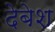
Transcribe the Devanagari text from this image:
देबेश